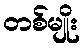
တစ်မျိုး